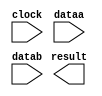
// megafunction wizard: %LPM_MULT%VBB%
// GENERATION: STANDARD
// VERSION: WM1.0
// MODULE: lpm_mult 

// ============================================================
// Megafunction Name(s):
// 			lpm_mult
//
// Simulation Library Files(s):
// 			lpm
// ============================================================
// ************************************************************
// THIS IS A WIZARD-GENERATED FILE. DO NOT EDIT THIS FILE!
//
// 9.0 Build 132 02/25/2009 SJ Full Version
// ************************************************************

//Copyright (C) 1991-2009 Altera Corporation
//Your use of Altera Corporation's design tools, logic functions 
//and other software and tools, and its AMPP partner logic 
//functions, and any output files from any of the foregoing 
//(including device programming or simulation files), and any 
//associated documentation or information are expressly subject 
//to the terms and conditions of the Altera Program License 
//Subscription Agreement, Altera MegaCore Function License 
//Agreement, or other applicable license agreement, including, 
//without limitation, that your use is for the sole purpose of 
//programming logic devices manufactured by Altera and sold by 
//Altera or its authorized distributors.  Please refer to the 
//applicable agreement for further details.

module mult16x12 (
	clock,
	dataa,
	datab,
	result);

	input	  clock;
	input	[15:0]  dataa;
	input	[11:0]  datab;
	output	[15:0]  result;

endmodule

// ============================================================
// CNX file retrieval info
// ============================================================
// Retrieval info: PRIVATE: AutoSizeResult NUMERIC "0"
// Retrieval info: PRIVATE: B_isConstant NUMERIC "0"
// Retrieval info: PRIVATE: ConstantB NUMERIC "0"
// Retrieval info: PRIVATE: INTENDED_DEVICE_FAMILY STRING "Cyclone III"
// Retrieval info: PRIVATE: LPM_PIPELINE NUMERIC "1"
// Retrieval info: PRIVATE: Latency NUMERIC "1"
// Retrieval info: PRIVATE: SYNTH_WRAPPER_GEN_POSTFIX STRING "0"
// Retrieval info: PRIVATE: SignedMult NUMERIC "1"
// Retrieval info: PRIVATE: USE_MULT NUMERIC "1"
// Retrieval info: PRIVATE: ValidConstant NUMERIC "0"
// Retrieval info: PRIVATE: WidthA NUMERIC "16"
// Retrieval info: PRIVATE: WidthB NUMERIC "12"
// Retrieval info: PRIVATE: WidthP NUMERIC "16"
// Retrieval info: PRIVATE: aclr NUMERIC "0"
// Retrieval info: PRIVATE: clken NUMERIC "0"
// Retrieval info: PRIVATE: optimize NUMERIC "0"
// Retrieval info: CONSTANT: LPM_HINT STRING "MAXIMIZE_SPEED=5"
// Retrieval info: CONSTANT: LPM_PIPELINE NUMERIC "1"
// Retrieval info: CONSTANT: LPM_REPRESENTATION STRING "SIGNED"
// Retrieval info: CONSTANT: LPM_TYPE STRING "LPM_MULT"
// Retrieval info: CONSTANT: LPM_WIDTHA NUMERIC "16"
// Retrieval info: CONSTANT: LPM_WIDTHB NUMERIC "12"
// Retrieval info: CONSTANT: LPM_WIDTHP NUMERIC "16"
// Retrieval info: USED_PORT: clock 0 0 0 0 INPUT NODEFVAL clock
// Retrieval info: USED_PORT: dataa 0 0 16 0 INPUT NODEFVAL dataa[15..0]
// Retrieval info: USED_PORT: datab 0 0 12 0 INPUT NODEFVAL datab[11..0]
// Retrieval info: USED_PORT: result 0 0 16 0 OUTPUT NODEFVAL result[15..0]
// Retrieval info: CONNECT: @dataa 0 0 16 0 dataa 0 0 16 0
// Retrieval info: CONNECT: result 0 0 16 0 @result 0 0 16 0
// Retrieval info: CONNECT: @datab 0 0 12 0 datab 0 0 12 0
// Retrieval info: CONNECT: @clock 0 0 0 0 clock 0 0 0 0
// Retrieval info: LIBRARY: lpm lpm.lpm_components.all
// Retrieval info: GEN_FILE: TYPE_NORMAL mult16x12.v TRUE
// Retrieval info: GEN_FILE: TYPE_NORMAL mult16x12.inc TRUE
// Retrieval info: GEN_FILE: TYPE_NORMAL mult16x12.cmp FALSE
// Retrieval info: GEN_FILE: TYPE_NORMAL mult16x12.bsf TRUE
// Retrieval info: GEN_FILE: TYPE_NORMAL mult16x12_inst.v TRUE
// Retrieval info: GEN_FILE: TYPE_NORMAL mult16x12_bb.v TRUE
// Retrieval info: GEN_FILE: TYPE_NORMAL mult16x12_waveforms.html TRUE
// Retrieval info: GEN_FILE: TYPE_NORMAL mult16x12_wave*.jpg FALSE
// Retrieval info: LIB_FILE: lpm